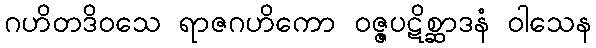
ဂဟိတဒိဝသေ ရာဇဂဟိကော ဝဇ္ဇပဋိစ္ဆာဒနံ ဝါသေန